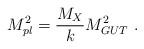
LaTeX: \begin{align*}M_{pl}^2 ={{ M_X} \over\displaystyle {k}} M_{GUT}^2 ~.~\,\end{align*}